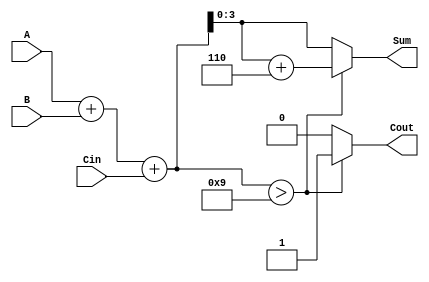
module BCD_Fast_Adder (
    input  wire [3:0] A,    // First BCD digit
    input  wire [3:0] B,    // Second BCD digit
    input  wire Cin,         // Carry input
    output reg  [3:0] Sum,   // Resulting BCD digit
    output reg  Cout         // Carry output
);

    wire [4:0] Temp_Sum;      // Intermediate sum (5 bits to accommodate overflow)
    wire correction_needed;     // Flag for BCD correction

    // Step 1: Perform binary addition
    assign Temp_Sum = A + B + Cin;

    // Step 2: Check if the Temp_Sum exceeds 9
    assign correction_needed = Temp_Sum > 5'd9;

    // Step 3: Determine the output Sum and Cout
    always @(*) begin
        if (correction_needed) begin
            Sum = Temp_Sum + 5'b0110; // Add 6 for correction
            Cout = 1;                 // Set carry output
        end else begin
            Sum = Temp_Sum[3:0];      // Valid BCD sum
            Cout = 0;                 // No carry
        end
    end
endmodule